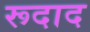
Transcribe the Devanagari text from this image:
रूदाद